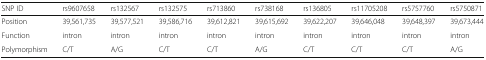
<table><thead><tr><td><b>SNP ID</b></td><td><b>rs9607658</b></td><td><b>rs132567</b></td><td><b>rs132575</b></td><td><b>rs713860</b></td><td><b>rs738168</b></td><td><b>rs136805</b></td><td><b>rs11705208</b></td><td><b>rs5757760</b></td><td><b>rs5750871</b></td></tr></thead><tbody><tr><td>Position</td><td>39,561,735</td><td>39,577,521</td><td>39,586,716</td><td>39,612,821</td><td>39,615,692</td><td>39,622,207</td><td>39,646,048</td><td>39,648,397</td><td>39,673,444</td></tr><tr><td>Function</td><td>intron</td><td>intron</td><td>intron</td><td>intron</td><td>intron</td><td>intron</td><td>intron</td><td>intron</td><td>intron</td></tr><tr><td>Polymorphism</td><td>C/T</td><td>A/G</td><td>C/T</td><td>C/T</td><td>A/G</td><td>C/T</td><td>C/T</td><td>C/T</td><td>A/G</td></tr></tbody></table>